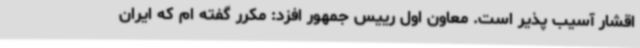
اقشار آسیب پذیر است. معاون اول رییس جمهور افزد: مکرر گفته ام که ایران